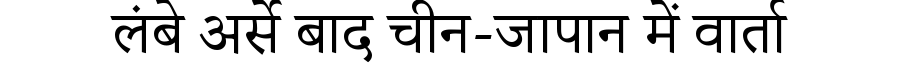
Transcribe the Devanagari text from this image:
लंबे अर्से बाद चीन-जापान में वार्ता